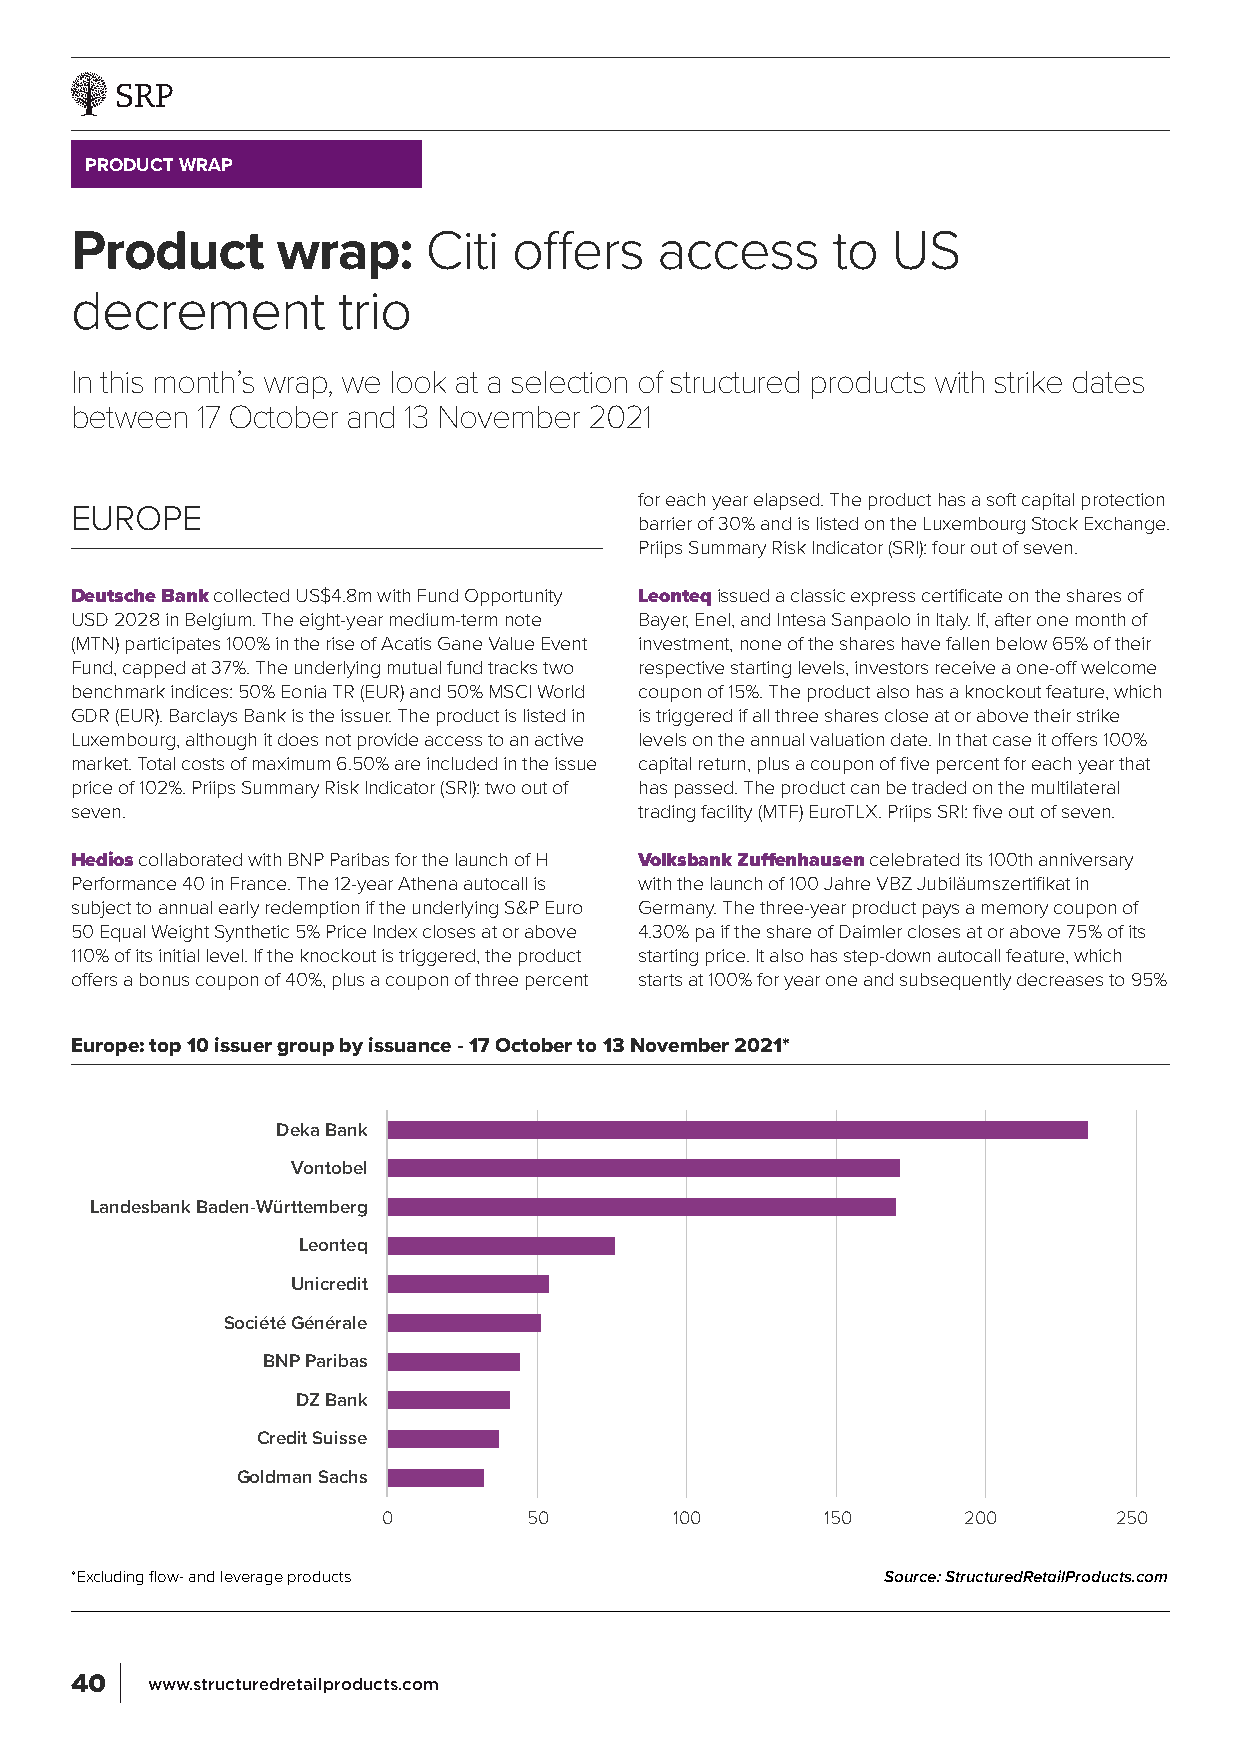
PRODUCT WRAP
 Product      wrap:     Citi  offers    access     to  US
 decrement        trio
 In this month’s wrap, we look at a selection of structured products with strike dates
 between 17 October and 13 November 2021
 for each year elapsed. The product has a soft capital protection
 EUROPE
 barrier of 30% and is listed on the Luxembourg Stock Exchange.
 Priips Summary Risk Indicator (SRI): four out of seven.
 Deutsche Bank collected US$4.8m with Fund Opportunity Leonteq issued a classic express certificate on the shares of
 USD 2028 in Belgium. The eight-year medium-term note Bayer, Enel, and Intesa Sanpaolo in Italy. If, after one month of
 (MTN) participates 100% in the rise of Acatis Gane Value Event investment, none of the shares have fallen below 65% of their
 Fund, capped at 37%. The underlying mutual fund tracks two respective starting levels, investors receive a one-off welcome
 benchmark indices: 50% Eonia TR (EUR) and 50% MSCI World coupon of 15%. The product also has a knockout feature, which
 GDR (EUR). Barclays Bank is the issuer. The product is listed in is triggered if all three shares close at or above their strike
 Luxembourg, although it does not provide access to an active levels on the annual valuation date. In that case it offers 100%
 market. Total costs of maximum 6.50% are included in the issue capital return, plus a coupon of five percent for each year that
 price of 102%. Priips Summary Risk Indicator (SRI): two out of has passed. The product can be traded on the multilateral
 seven.                               trading facility (MTF) EuroTLX. Priips SRI: five out of seven.
 Hedios collaborated with BNP Paribas for the launch of H Volksbank Zuffenhausen celebrated its 100th anniversary
 Performance 40 in France. The 12-year Athena autocall is with the launch of 100 Jahre VBZ Jubiläumszertifikat in
 subject to annual early redemption if the underlying S&P Euro Germany. The three-year product pays a memory coupon of
 50 Equal Weight Synthetic 5% Price Index closes at or above 4.30% pa if the share of Daimler closes at or above 75% of its
 110% of its initial level. If the knockout is triggered, the product starting price. It also has step-down autocall feature, which
 offers a bonus coupon of 40%, plus a coupon of three percent starts at 100% for year one and subsequently decreases to 95%
 Europe: top 10 issuer group by issuance - 17 October to 13 November 2021*
 Deka Bank
 Vontobel
 Landesbank Baden-Württemberg
 Leonteq
 Unicredit
 Société Générale
 BNP Paribas
 DZ Bank
 Credit Suisse
 Goldman Sachs
 0         50        100       150      200       250
 *Excluding flow- and leverage products                Source: StructuredRetailProducts.com
 40   www.structuredretailproducts.com